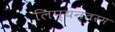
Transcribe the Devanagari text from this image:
लिप्यन्तरम